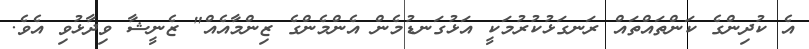
އެ ކުދިންގެ ކަންތައްތައް ރަނގަޅުކުރުމަކީ އަޅުގަނޑުމެން އެންމެންގެ ޒިންމާއެއް" ޒެނީޝާ ވިދާޅުވި އެވެ.